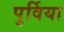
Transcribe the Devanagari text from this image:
पुर्विया